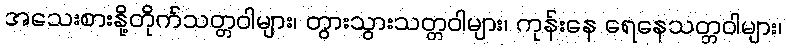
အသေးစားနို့တိုက်သတ္တဝါများ၊ တွားသွားသတ္တဝါများ၊ ကုန်းနေ ရေနေသတ္တဝါများ၊